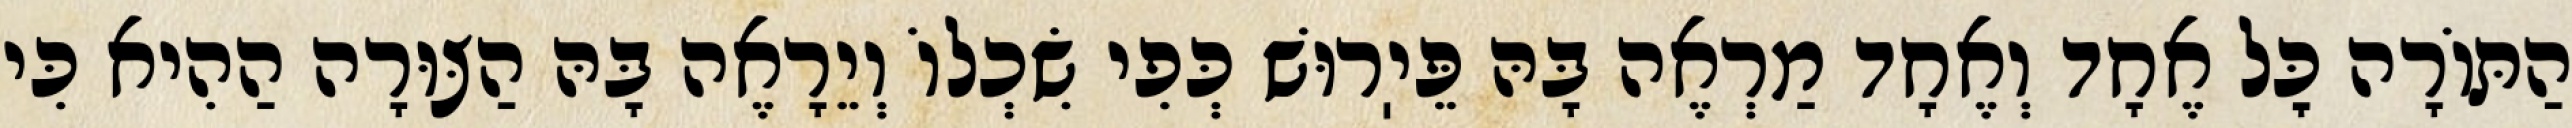
הַתּוֹרָה כׇּל אֶחָד וְאֶחָד מַרְאֶה בָּהּ פֵּיֽרוּשׁ כְּפִי שִׂכְלוֹ וְיֵרָאֶה בָּהּ הַצּוּרָה הַהִיא כִּי